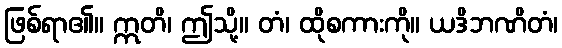
ဖြစ်ရာ၏။ ဣတိ၊ ဤသို့။ တံ၊ ထိုစကားကို။ ယဒိဘဏိတံ၊